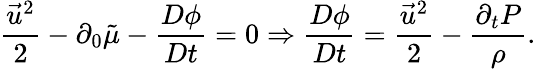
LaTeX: \frac{\vec{u}^{2}}{2}-\partial_{0}\tilde{\mu}-\frac{D\phi}{Dt}=0\Rightarrow\frac{D\phi}{Dt}=\frac{\vec{u}^{2}}{2}-\frac{\partial_{t}P}{\rho}.